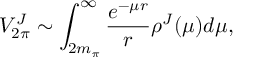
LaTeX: V _ { 2 \pi } ^ { J } \sim \int _ { 2 m _ { \pi } } ^ { \infty } \frac { e ^ { - \mu r } } { r } \rho ^ { J } ( \mu ) d \mu ,